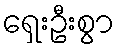
ရှေးဦးစွာ